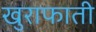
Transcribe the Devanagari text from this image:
खुराफाती